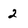
Character: 2